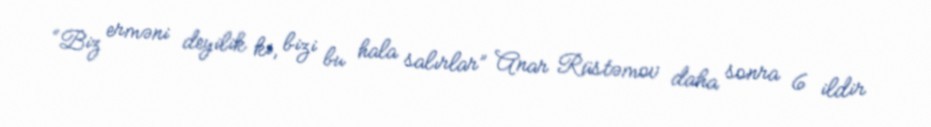
“Biz erməni deyilik ki, bizi bu hala salırlar” Anar Rüstəmov daha sonra 6 ildir